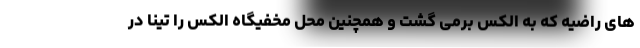
های راضیه که به الکس برمی گشت و همچنین محل مخفیگاه الکس را تینا در